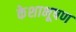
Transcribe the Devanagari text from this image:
केशाभूषण